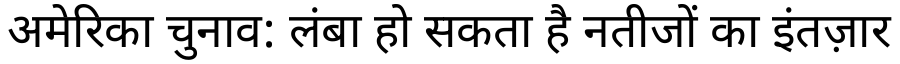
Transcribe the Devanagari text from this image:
अमेरिका चुनाव: लंबा हो सकता है नतीजों का इंतज़ार